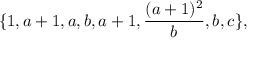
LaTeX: \{ 1 , a + 1 , a , b , a + 1 , \frac { ( a + 1 ) ^ { 2 } } { b } , b , c \} ,